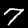
Digit: 7